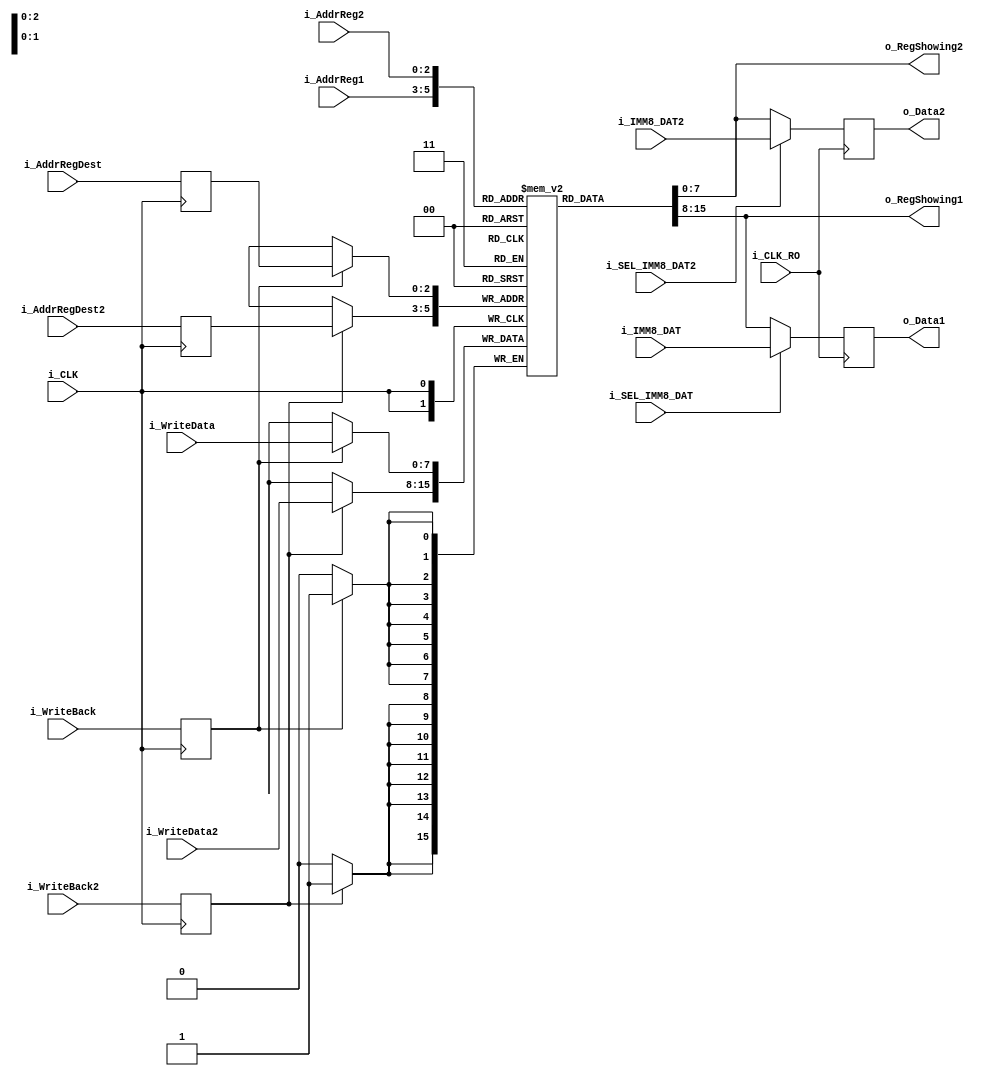
`timescale 1ns / 1ps
//////////////////////////////////////////////////////////////////////////////////
// Company: 
// Engineer: 
// 
// Design Name: 
// Module Name:    RegisterBank 
// Project Name: 
// Target Devices: 
// Tool versions: 
// Description: 
//
// Dependencies: 
//
// Revision: 
// Revision 0.01 - File Created
// Additional Comments: 
//
//////////////////////////////////////////////////////////////////////////////////
module RegisterBank(
	 input i_CLK,
	 input i_CLK_RO,
    input [2:0] i_AddrReg1,
    input [2:0] i_AddrReg2,
    input [2:0] i_AddrRegDest,
	input [2:0] i_AddrRegDest2,
	 input [7:0] i_WriteData,
	 input [7:0] i_WriteData2,
	 input [7:0] i_IMM8_DAT,
	 input [7:0] i_IMM8_DAT2,
	 input i_SEL_IMM8_DAT,
	 input i_SEL_IMM8_DAT2,
    input i_WriteBack,
	input i_WriteBack2,
	 //input i_CLK_ID,
    output reg [7:0] o_Data1,
    output reg [7:0] o_Data2,
	output [7:0] o_RegShowing1,
	output [7:0] o_RegShowing2
	 //output reg o_DataReady
    );

	reg [7:0] _R [7:0];
	
	assign o_RegShowing1 = _R[i_AddrReg1];
	assign o_RegShowing2 = _R[i_AddrReg2];
	
	reg _WriteBack_D1;
	reg [2:0] _AddrRegDest_D1;
	//reg [7:0] _WriteData_D1;	// invalid
	
	reg _WriteBack2_D1;
	reg [2:0] _AddrRegDest2_D1;
	//reg [7:0] _WriteData2_D1;	// invalid
	
	
	initial
	begin
		_R[0] = 8'h00;
		_R[1] = 8'h00;	// 130
		_R[2] = 8'h00;	// 131
		_R[3] = 8'h00;
		_R[4] = 8'h00;
		_R[5] = 8'h00;
		_R[6] = 8'h00;
		_R[7] = 8'h00;
		o_Data1 = 8'h00;
		o_Data2 = 8'h00;
		_WriteBack_D1 = 0;
		_WriteBack2_D1 = 0;
		_AddrRegDest_D1 = 3'h0;
		_AddrRegDest2_D1 = 3'h0;
		//_WriteData_D1 = 8'h00;	// invalid
		//_init = 1;
		//o_DataReady = 1'b1;
	end
	
	always @(posedge i_CLK)	// TODO: check for more delay
	begin
			if (_WriteBack_D1)
				_R[_AddrRegDest_D1] = i_WriteData;
				
			_WriteBack_D1 = i_WriteBack;
			_AddrRegDest_D1 = i_AddrRegDest;
			//_WriteData_D1 = i_WriteData;	// invalid
			
			if (_WriteBack2_D1)
				_R[_AddrRegDest2_D1] = i_WriteData2;
				
			_WriteBack2_D1 = i_WriteBack2;
			_AddrRegDest2_D1 = i_AddrRegDest2;
			//_WriteData2_D1 = i_WriteData2;	// invalid
		
	end
	
	always @(negedge i_CLK_RO)
	begin
		if (i_SEL_IMM8_DAT)
			o_Data1 = i_IMM8_DAT;
		else
			o_Data1 = _R[i_AddrReg1];
			
		if (i_SEL_IMM8_DAT2)
			o_Data2 = i_IMM8_DAT2;
		else
			o_Data2 = _R[i_AddrReg2];
	end
	
	/*
	always @(i_CLK_ID)
	begin
			if (i_CLK_ID)
			begin
				o_Data1 = _R[i_AddrReg1];
				o_Data2 = _R[i_AddrReg2];
				//o_DataReady = 1'b1;
			end
			//else
				//o_DataReady = 1'b0;
	end
	*/

endmodule